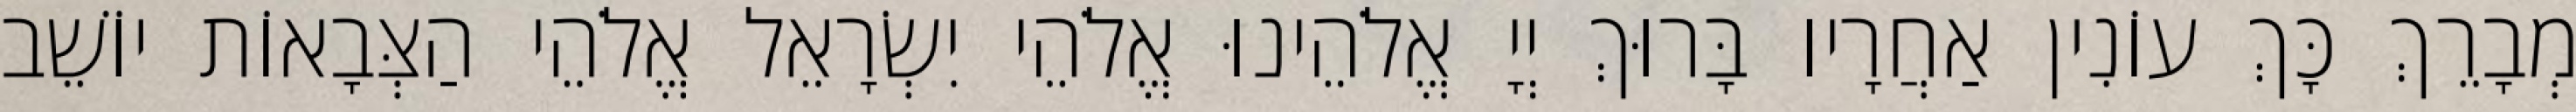
מְבָרֵךְ כָּךְ עוֹנִין אַחֲרָיו בָּרוּךְ יְיָ אֱלֹהֵינוּ אֱלֹהֵי יִשְׂרָאֵל אֱלֹהֵי הַצְּבָאוֹת יוֹשֵׁב